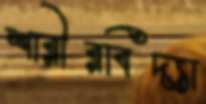
শারীরবিদ্যা